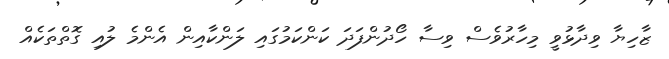
ޒާހިޔާ ވިދާޅުވީ މިހާރުވެސް ވިސާ ހޯދުންފަދަ ކަންކަމުގައި ލަންކާއިން އެންމެ ލުއި ގޮތްތަކެއް